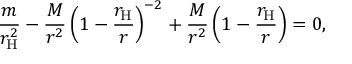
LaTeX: { \frac { m } { r _ { \mathrm { H } } ^ { 2 } } } - { \frac { M } { r ^ { 2 } } } \left( 1 - { \frac { r _ { \mathrm { H } } } { r } } \right) ^ { - 2 } + { \frac { M } { r ^ { 2 } } } \left( 1 - { \frac { r _ { \mathrm { H } } } { r } } \right) = 0 ,